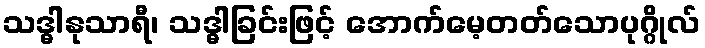
သဒ္ဓါနုသာရီ၊ သဒ္ဓါခြင်းဖြင့် အောက်မေ့တတ်သောပုဂ္ဂိုလ်